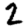
Digit: 2